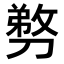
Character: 𭄍